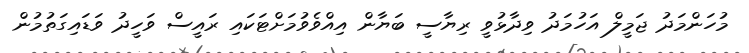
މުހަންމަދު ޖަމީލް އަހުމަދު ވިދާޅުވީ ރިޔާސީ ބަޔާން އިއްވެވުމަށްޓަކައި ރައީސް ވަހީދު ވަޑައިގަތުމުން